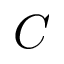
C